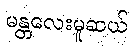
မန္တလေးမူဆယ်